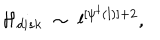
LaTeX: { \cal H } _ { d i s k } \; \sim \; l ^ { [ \psi ^ { \dagger } ( l ) ] + 2 } ,